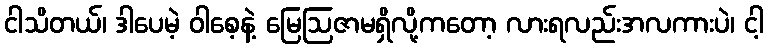
ငါသိတယ်၊ ဒါပေမဲ့ ဝါစေ့နဲ့ မြေဩဇာမရှိလို့ကတော့ လားရလည်းအလကားပဲ၊ ငါ့